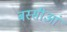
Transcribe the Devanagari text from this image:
बस्सीआं